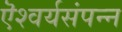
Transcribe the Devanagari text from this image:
ऎश्वर्यसंपन्न